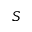
S